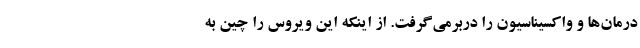
درمان‌ها و واکسیناسیون را دربرمی‌گرفت. از اینکه این ویروس را چین به